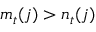
m _ { t } ( j ) > n _ { t } ( j )